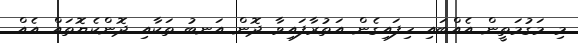
މި މަގުމަތީން އެއްބައި ހިފައިގެން އަތުރާފައިވާ ދޮން އަނބު ތަކާއި ދޮންކެޔޮތައް އެއް